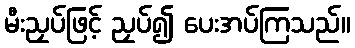
မီးညှပ်ဖြင့် ညှပ်၍ ပေးအပ်ကြသည်။